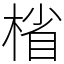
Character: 㮐